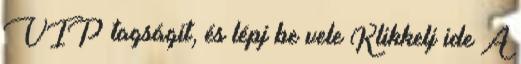
VIP tagságit, és lépj be vele Klikkelj ide A